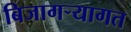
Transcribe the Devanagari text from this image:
बिजागऱ्यागत